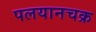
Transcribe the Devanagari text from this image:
पलयानचक्र